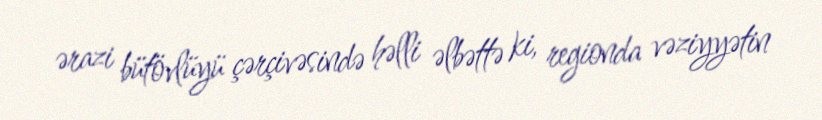
ərazi bütövlüyü çərçivəsində həlli əlbəttə ki, regionda vəziyyətin